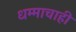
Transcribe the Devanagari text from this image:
धम्माचाही